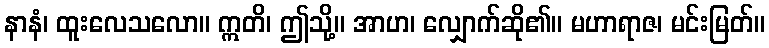
နာနံ၊ ထူးလေသလော။ ဣတိ၊ ဤသို့။ အာဟ၊ လျှောက်ဆို၏။ မဟာရာဇ၊ မင်းမြတ်။